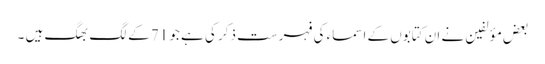
بعض مؤلفین نے ان کتابوں کے اسماء کی فہرست ذکر کی ہے جو 71 کے لگ بھگ ہیں ۔